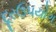
દૂરઉપયોગ